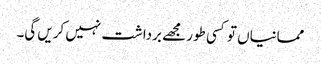
ممانیاں تو کسی طور مجھے برداشت نہیں کریں گی۔